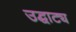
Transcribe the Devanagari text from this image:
उद्घाट्य